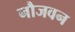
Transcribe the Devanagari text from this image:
नौजवन